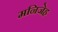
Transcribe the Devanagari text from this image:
मनिजेह